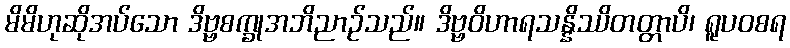
မိမိဟုဆိုအပ်သော ဒိဗ္ဗစက္ခုအဘိညာဉ်သည်။ ဒိဗ္ဗဝိဟာရသန္နိဿိတတ္တာပိ၊ ရူပဝစရ